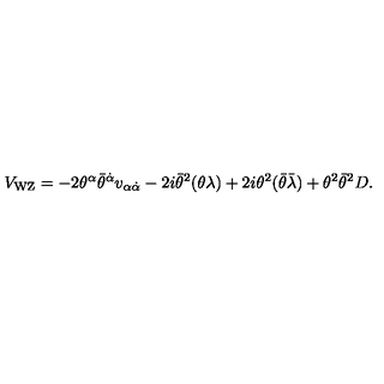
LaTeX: V _ { \mathrm { W Z } } = - 2 \theta ^ { \alpha } \bar { \theta } ^ { \dot { \alpha } } v _ { \alpha \dot { \alpha } } - 2 i \bar { \theta } ^ { 2 } ( \theta \lambda ) + 2 i \theta ^ { 2 } ( \bar { \theta } \bar { \lambda } ) + \theta ^ { 2 } \bar { \theta } ^ { 2 } D .